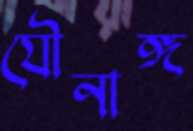
যৌনাঙ্গ